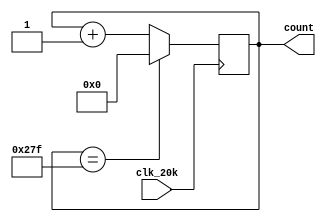
`timescale 1ns / 1ps
//////////////////////////////////////////////////////////////////////////////////
// Company: 
// Engineer: 
// 
// Design Name: 
// Module Name: TestWave_Gen
// Project Name: 
// Target Devices: 
// Tool Versions: 
// Description: 
// 
// Dependencies: 
// 
// Revision:
// Revision 0.01 - File Created
// Additional Comments:
// 
//////////////////////////////////////////////////////////////////////////////////


module TestWave_Gen(input clk_20k,output reg[9:0] count = 0);
    always@ (posedge clk_20k)begin
        count <= (count == 639) ? 0 : count + 1;
    end
endmodule